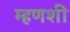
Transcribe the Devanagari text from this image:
म्हणशी